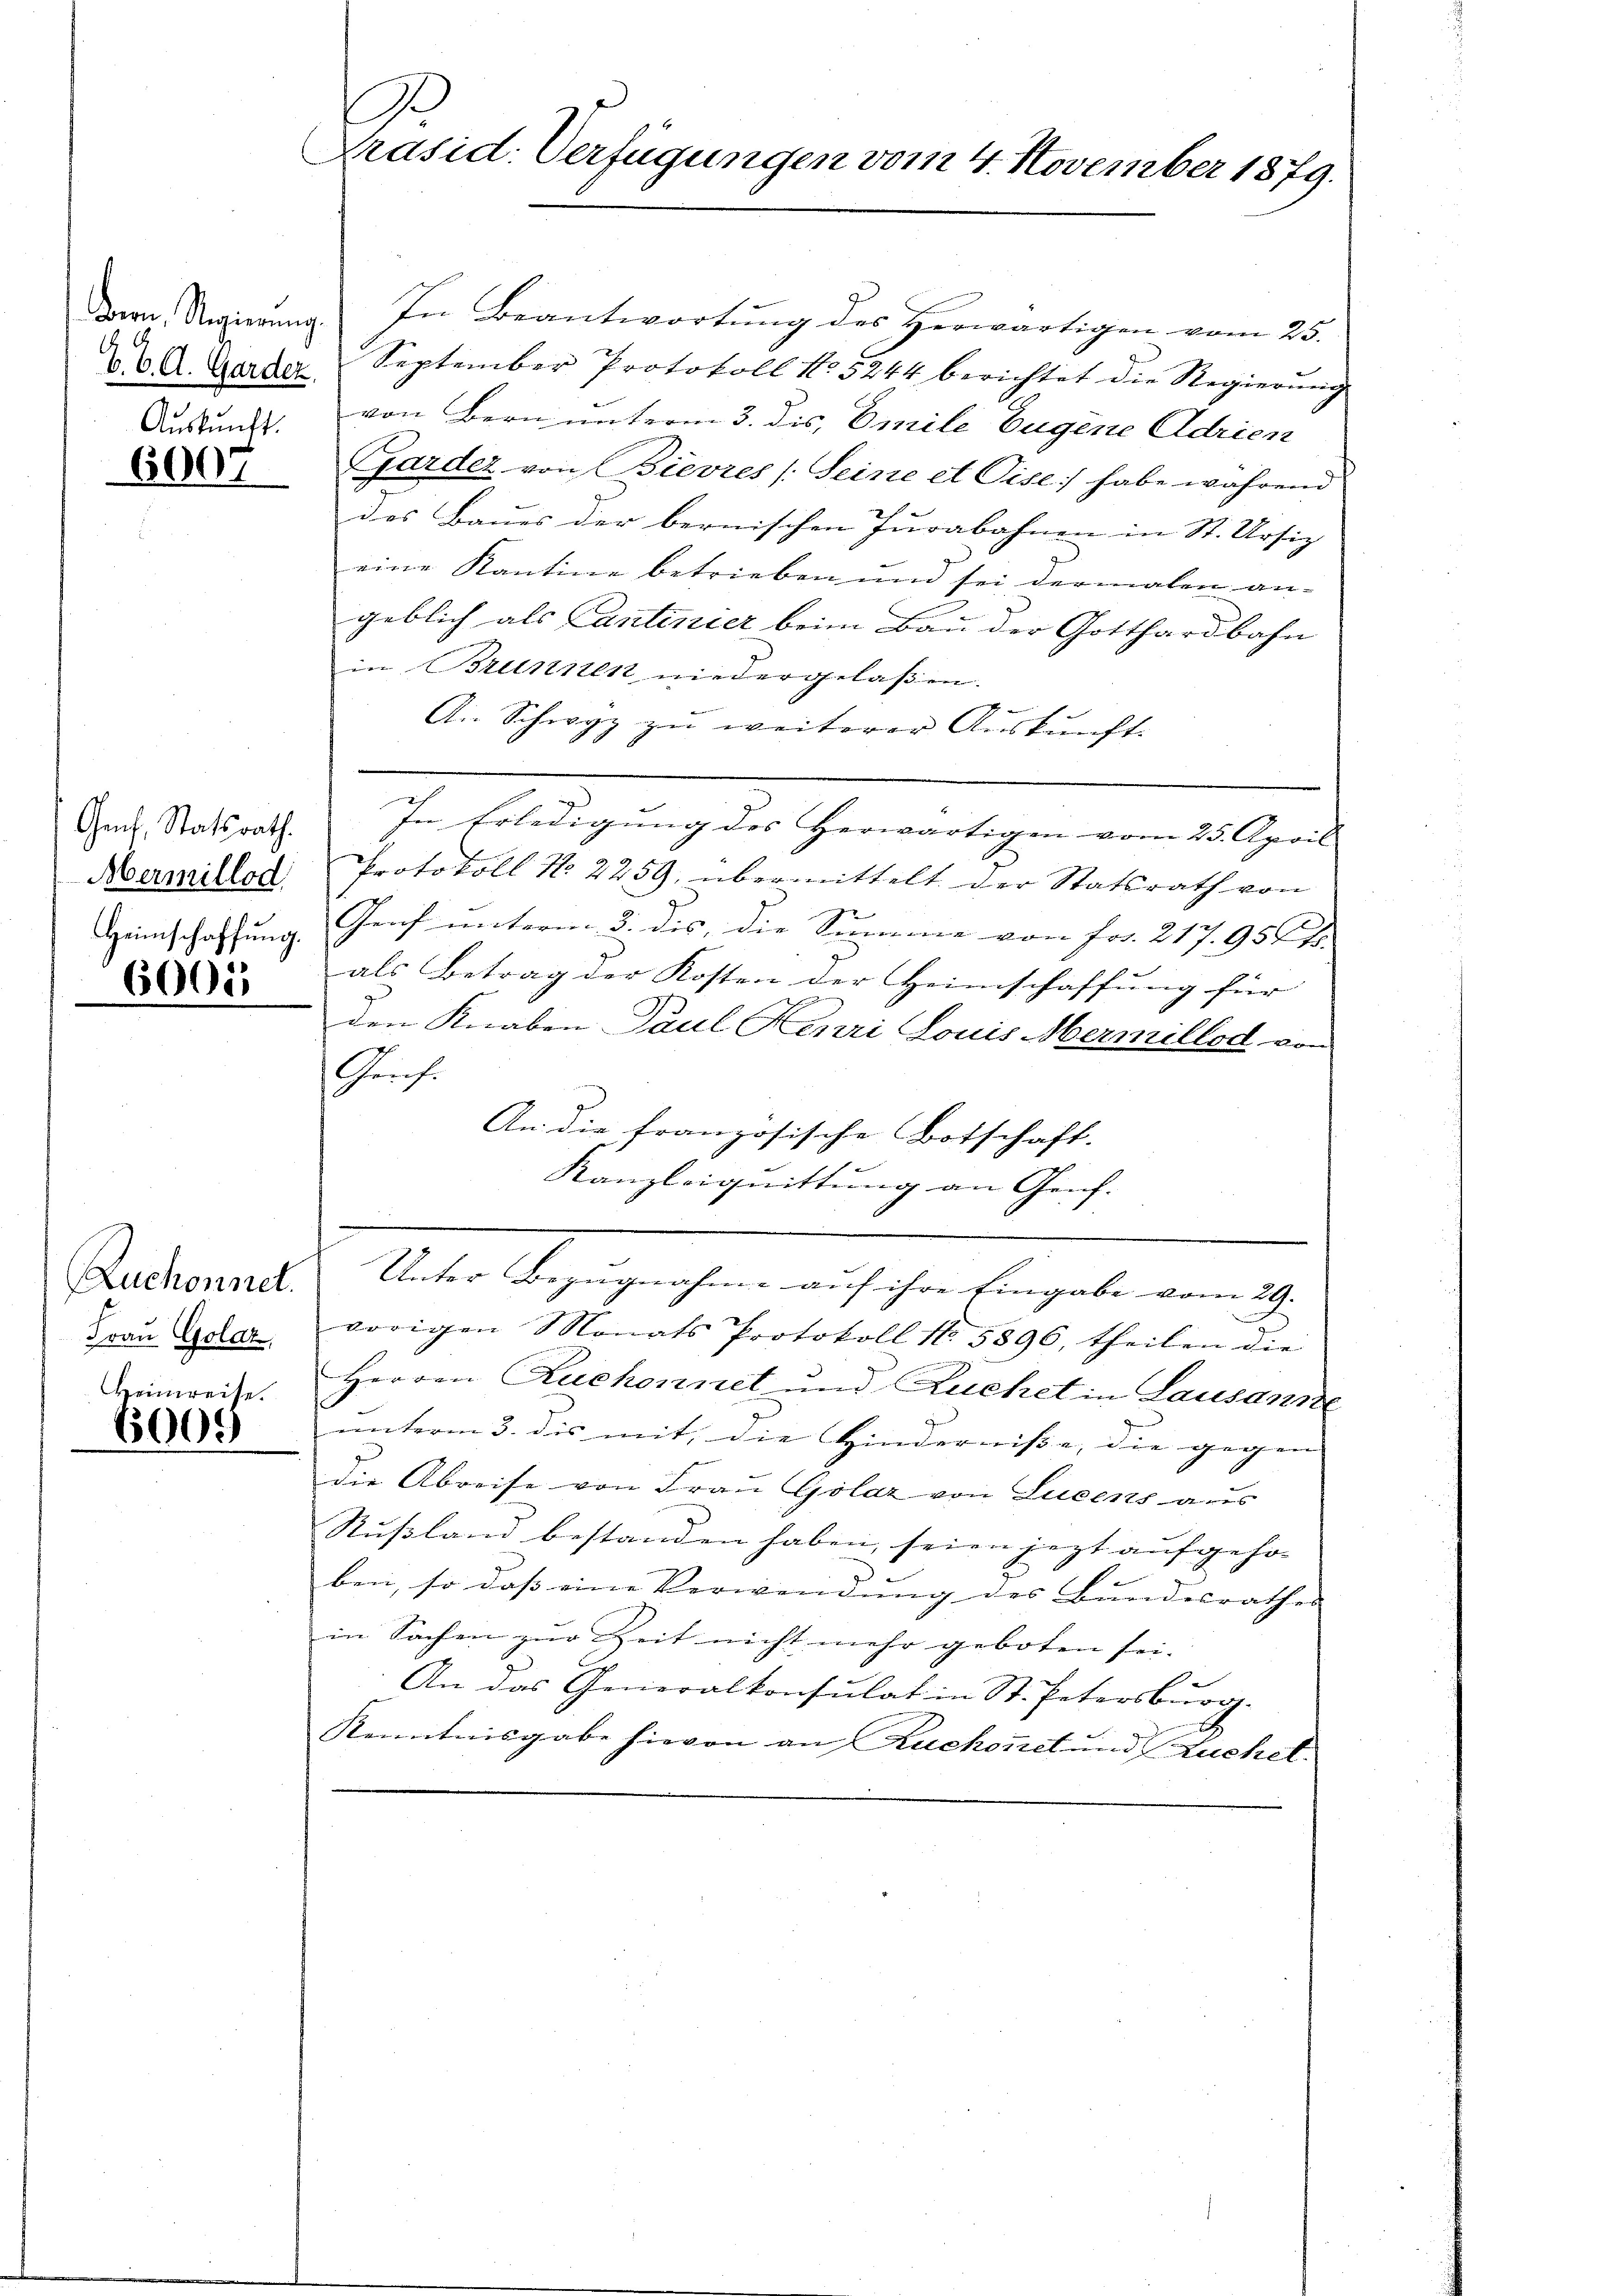
Auskunft.

6007

Genf, Statsrath.
Abermillod

6000

Frau Golaz,
Heimreise.
65000

.
Präsid. Verfügungen vom 4. November 1879.

Der Regierung) In Beantwortung des Herwärtigen vom 25.
26. A. Garder September Protokoll No 5244 berichtet die Regierung
von Bern unterm 3. dis, Emile Eugene Adrien
Garder von Bievres /: Seine et Pise) habe während
das Baues der bernischen Jurabahnen in St. Ursiz
eine Kantine betrieben und sei dermalen an-
geblich als Cantinier beim Bau der Gotthardbahn
in Brunnen niedergelaßen.
Ai Schwyz zu weiterer Auskunft
In Erledigung des Herwärtigen vom 25. April
Protokoll No. 2259, übermittelt der Statsrath von
t
Heimschaffung Graf unterm 3. dis, die Summe von Fr. 217. 950 Fr.
als Betrag der Kosten der Heimschaffung für
den Knaben Paul Henri Louis Hermillod vom
Grrf.
An die französische Botschaft.
Kanzleiquittung an Genf.
.
Ruchennd Unter Bezugnahme auf ihre Eingabe vom 29.
vorigen Monats Protokoll No. 5896, theilen die
Herren Ruchonnet und Luchet in Lausanne
unterm 3. dis mit, die Hinderwisse, die gegen |
die Abreise von Frau Golaz von Lueens aus
Rußland bestanden haben, seien jezt aufgehoben, so dass eine Verwendung des Bundesrathes
in Sachen zur Zeit nicht mehr geboten sei. |
An das Generalkonsulat in St. Petersburg.
Kenntnisgabe hievon an Ruchornet und Kuchet.